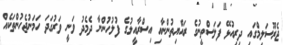
ޖެރޫސަލިމްގައި ދިރިއުޅޭ ފަލަސްތީނުގެ ރައްޔިތުންނާއި އިސްރާއީލުގެ ފުލުހުންނާ ދެމެދު ވަނީ ވަރުގަދަ ހަމަނުޖެހުންތަކެއް